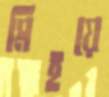
মিইয়ে